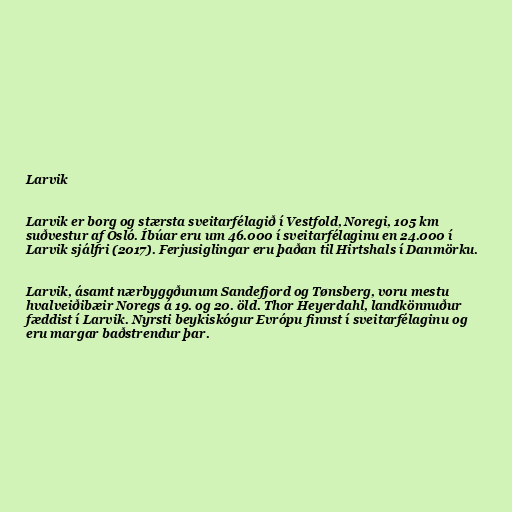
Larvik

Larvik er borg og stærsta sveitarfélagið í Vestfold, Noregi, 105 km
suðvestur af Ósló. Íbúar eru um 46.000 í sveitarfélaginu en 24.000 í
Larvik sjálfri (2017). Ferjusiglingar eru þaðan til Hirtshals í Danmörku.

Larvik, ásamt nærbyggðunum Sandefjord og Tønsberg, voru mestu
hvalveiðibæir Noregs á 19. og 20. öld. Thor Heyerdahl, landkönnuður
fæddist í Larvik. Nyrsti beykiskógur Evrópu finnst í sveitarfélaginu og
eru margar baðstrendur þar.